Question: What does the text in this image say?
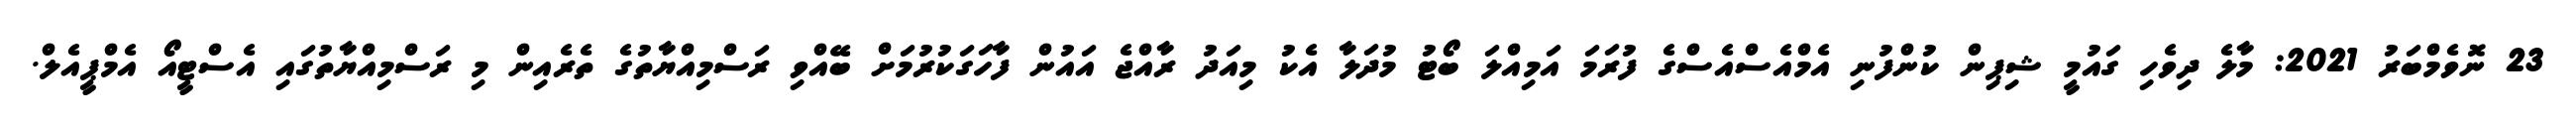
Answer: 23 ނޮވެމްބަރު 2021: މާލެ ދިވެހި ގައުމީ ޝިޕިން ކުންފުނި އެމްއެސްއެސްގެ ފުރަމަ އަމިއްލަ ބޯޓު މުދަލާ އެކު މިއަދު ރާއްޖެ އައުން ފާހަގަކުރުމަށް ބޭއްވި ރަސްމިއްޔާތުގެ ތެރެއިން މި ރަސްމިއްޔާތުގައި އެސްޓީއޯ އެމްޕީއެލް.